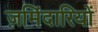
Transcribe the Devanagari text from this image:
ज़मिंदारियों